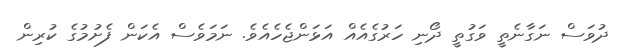
ދުވަސް ނަގާނެތީ ވަގުތީ ދޯނި ހަރުގެއެއް އަޅަންޖެހެއެވެ. ނަމަވެސް އެކަން ފެށުމުގެ ކުރިން